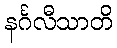
နင်္ဂလီသာတိ